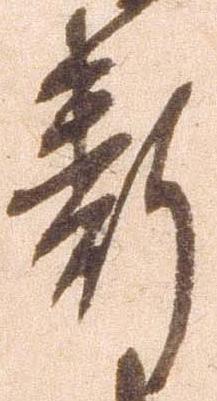
断